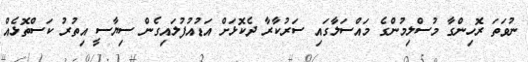
ނުވަތަ ރޮހިންގާ މުސްލިމުންގެ މައްސަލާގައި ސަރުކާރާ ދެކޮޅަށް އަޑުއުފުލައިގެން ސިޔާސީ އިތުރު ކަސްތޮޅެއް